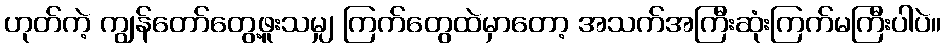
ဟုတ်ကဲ့ ကျွန်တော်တွေ့ဖူးသမျှ ကြက်တွေထဲမှာတော့ အသက်အကြီးဆုံးကြက်မကြီးပါပဲ။